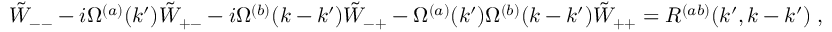
\begin{array} { r } { \tilde { W } _ { -- } - i \Omega ^ { ( a ) } ( k ^ { \prime } ) \tilde { W } _ { + - } - i \Omega ^ { ( b ) } ( k - k ^ { \prime } ) \tilde { W } _ { - + } - \Omega ^ { ( a ) } ( k ^ { \prime } ) \Omega ^ { ( b ) } ( k - k ^ { \prime } ) \tilde { W } _ { + + } = R ^ { ( a b ) } ( k ^ { \prime } , k - k ^ { \prime } ) \; , } \end{array}